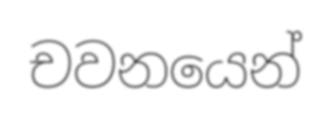
චවනයෙන්